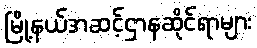
မြို့နယ်အဆင့်ဌာနဆိုင်ရာများ